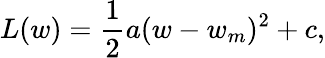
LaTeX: L(w)=\frac{1}{2}a(w-w_{m})^{2}+c,